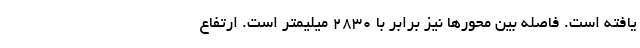
یافته است. فاصله بین محورها نیز برابر با 2830 میلیمتر است. ارتفاع